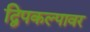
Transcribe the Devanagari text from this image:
द्विपकल्पावर